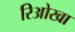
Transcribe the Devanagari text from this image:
रिओखा